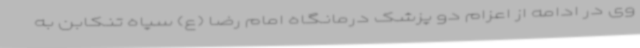
وی در ادامه از اعزام دو پزشک درمانگاه امام رضا (ع) سپاه تنکابن به